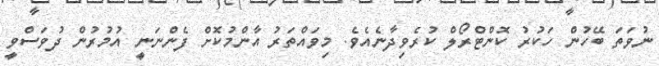
ނުވަތަ ބޭހުން ހަކުރު ކޮންޓްރޯލް ކުރެވިދާނެއެވެ. މިވައްތަރު އާންމުކޮށް ފެންނަނީ އުމުރުން ދުވަސްވީ